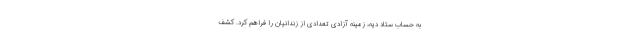
به حساب ستاد دیه، زمینه آزادی تعدادی از زندانیان را فراهم کرد. کشف